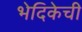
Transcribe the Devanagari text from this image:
भेदिकेची